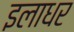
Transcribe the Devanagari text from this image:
इलाधर